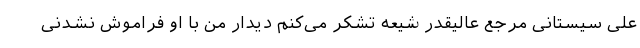
علی سیستانی مرجع عالیقدر شیعه تشکر می‌کنم دیدار من با او فراموش نشدنی